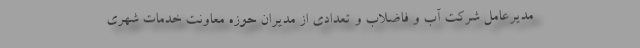
مدیرعامل شرکت آب و فاضلاب و تعدادی از مدیران حوزه معاونت خدمات شهری